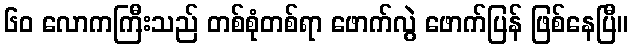
၆၀ လောကကြီးသည် တစ်စုံတစ်ရာ ဖောက်လွဲ ဖောက်ပြန် ဖြစ်နေပြီ။